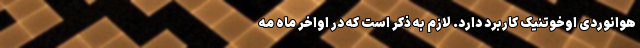
هوانوردی اوخوتنیک کاربرد دارد. لازم به ذکر است که در اواخر ماه مه